Scottish Leaving Certificate Examination, 1952
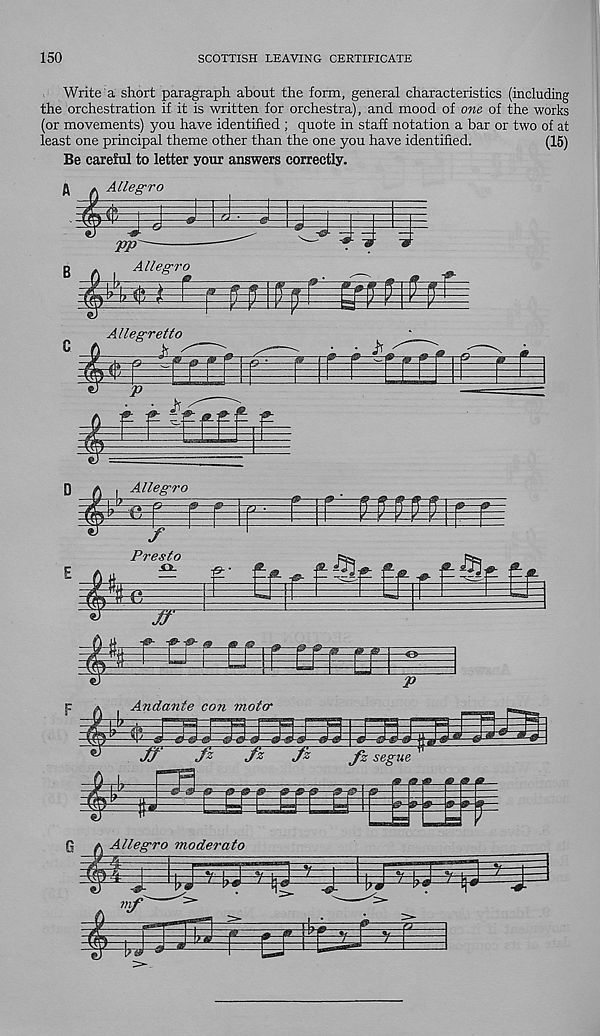
150
SCOTTISH LEAVING CERTIFICATE
Write a short paragraph about the form, general characteristics (including
the orchestration if it is written for orchestra), and mood of one of the works
(or movements) you have identified ; quote in staff notation a bar or two of at
least one principal theme other than the one you have identified.
(15)
Be careM to letter your answers correctly.
Allegro
&
tri
Allegro
—
tWi r ppEj^r'
Allegretto
g
31
P
f f
ff f ,f
, Allegro
=K
-G
p-
$
f
Presto
.Ol
jr